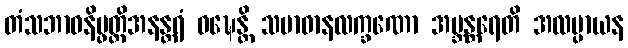
တံသဘာဝနိပ္ဖတ္တိအနန္တရံ ဝဍ္ဎေန္တိ သမာဓာနလက္ခဏော အဗ္ဘန္တရေတိ အလမ္ပာယန